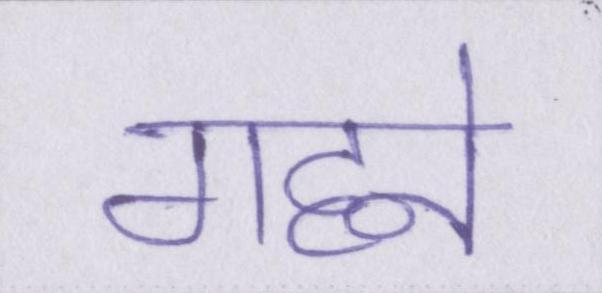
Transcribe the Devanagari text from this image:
गहने